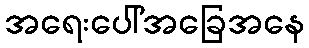
အရေးပေါ်အခြေအနေ